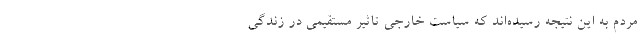
مردم به این نتیجه رسیده‌اند که سیاست خارجی تاثیر مستقیمی در زندگی